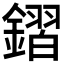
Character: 𨫧